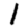
Digit: 1